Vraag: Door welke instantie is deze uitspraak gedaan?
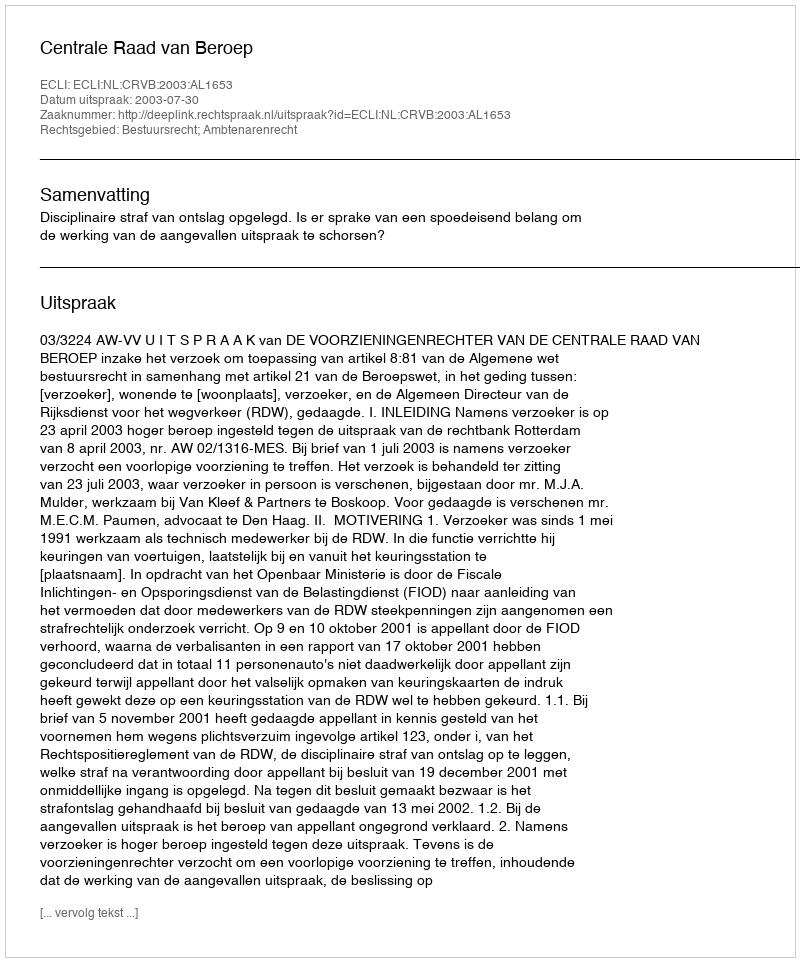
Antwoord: Centrale Raad van Beroep